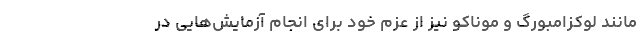
مانند لوکزامبورگ و موناکو نیز از عزم خود برای انجام آزمایش‌هایی در